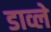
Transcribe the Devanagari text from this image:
डाव्ले